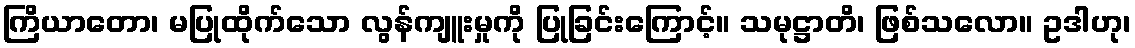
ကြိယာတော၊ မပြုထိုက်သော လွန်ကျူးမှုကို ပြုခြင်းကြောင့်။ သမုဋ္ဌာတိ၊ ဖြစ်သလော။ ဥဒါဟု၊